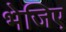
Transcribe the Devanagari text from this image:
भेजिए